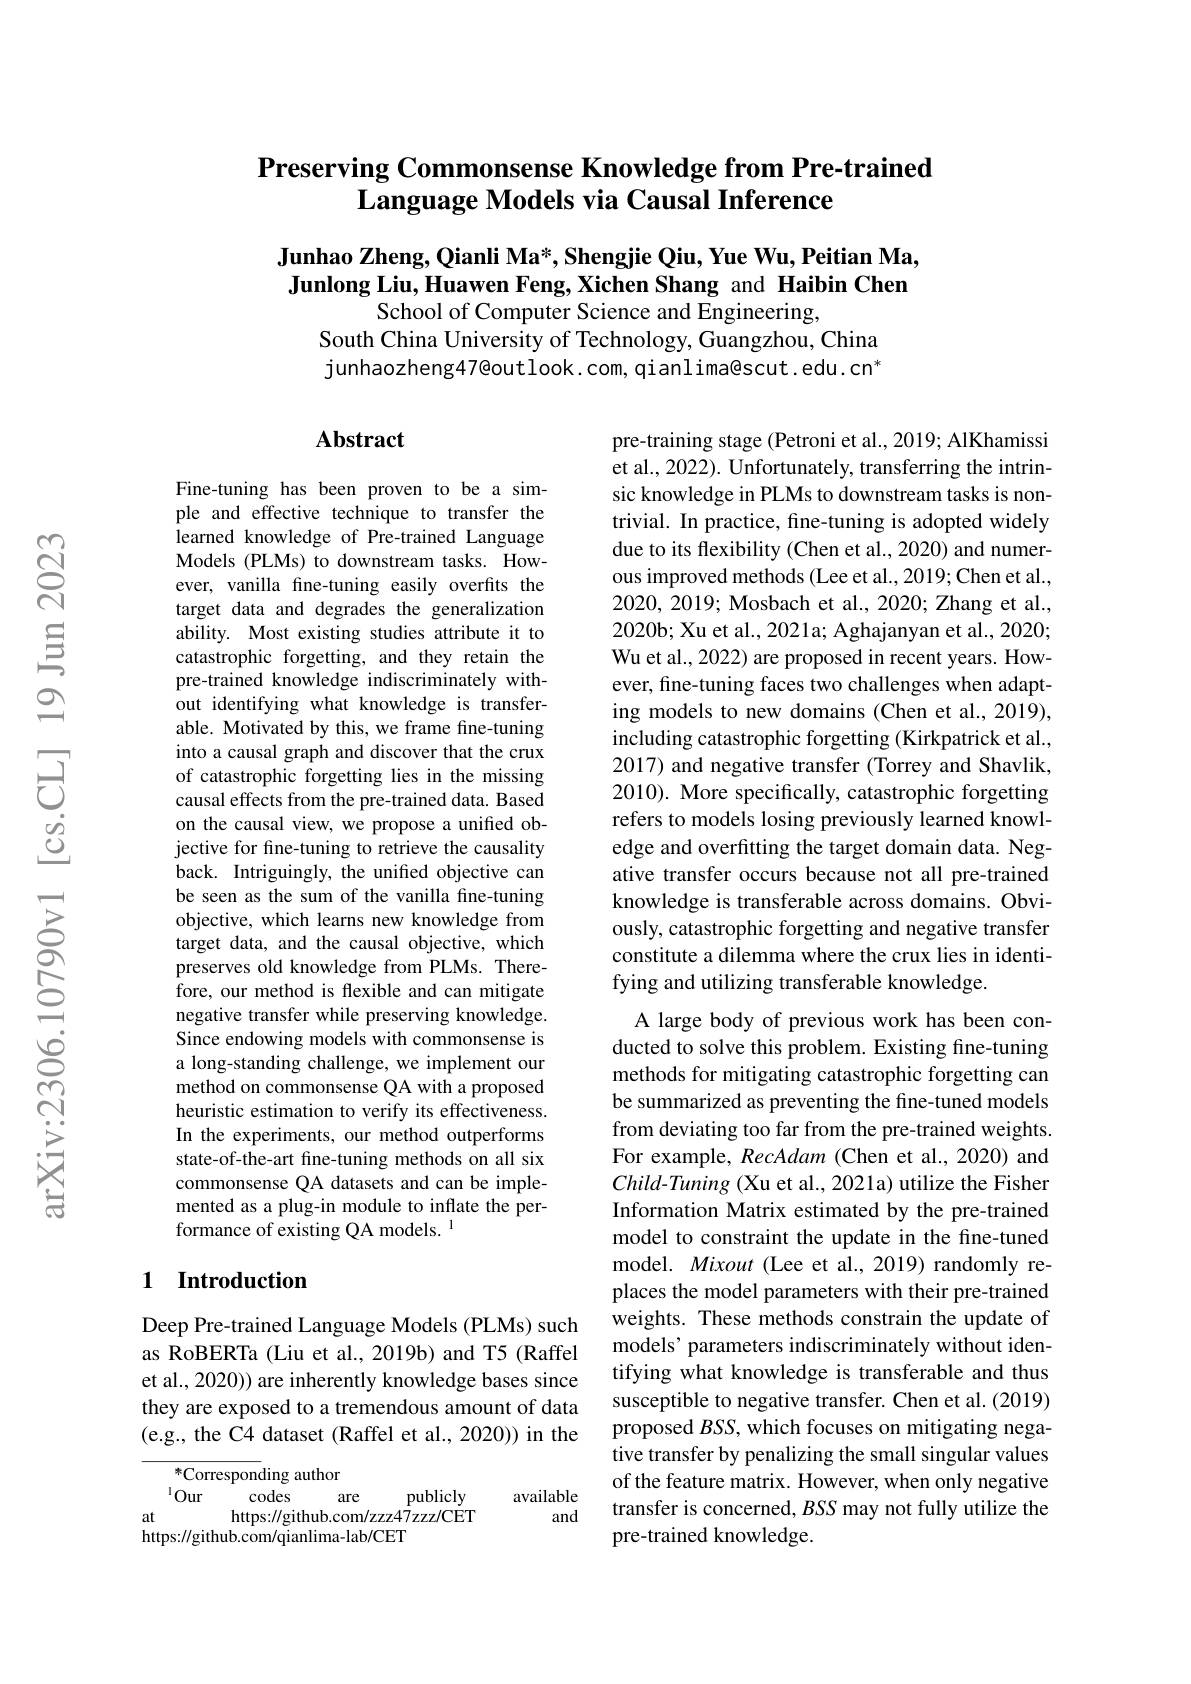
## $\textbf{Preserving Commonsense Knowledge from Pre- trained}$ Language Models via Causal Inference

Junhao Zheng, Qianli Ma*, Shengjie Qiu, Yue Wu, Peitian Ma, Junlong Liu, Huawen Feng, Xichen Shang and Haibin Chen
School of Computer Science and Engineering,

South China University of Technology, Guangzhou, China junhaozheng47@outlook.com, qianlima@scut.edu.cn"

### $\mathbf{Abstract}$

Fine-tuning has been proven to be a simple and effective technique to transfer the learned knowledge of Pre-trained Language Models (PLMs) to downstream tasks. However, vanilla fine-tuning easily overfits the target data and degrades the generalization ability. Most existing studies attribute it to catastrophic forgetting, and they retain the pre-trained knowledge indiscriminately without identifying what knowledge is transferable. Motivated by this, we frame fine-tuning into a causal graph and discover that the crux of catastrophic forgetting lies in the missing causal effects from the pre-trained data. Based on the causal view, we propose a unified objective for fine-tuning to retrieve the causality back. Intriguingly, the unified objective can be seen as the sum of the vanilla fine-tuning objective, which learns new knowledge from target data, and the causal objective, which preserves old knowledge from PLMs. Therefore, our method is flexible and can mitigate negative transfer while preserving knowledge. Since endowing models with commonsense is a long-standing challenge, we implement our method on commonsense QA with a proposed heuristic estimation to verify its effectiveness. In the experiments, our method outperforms state-of-the-art fine-tuning methods on all six commonsense QA datasets and can be implemented as a plug-in module to inflate the performance of existing QA models. $^{1}$

pre-training stage (Petroni et al., 2019; AlKhamissi et al., 2022). Unfortunately, transferring the intrinsic knowledge in PLMs to downstream tasks is nontrivial. In practice, fine-tuning is adopted widely due to its flexibility (Chen et al., 2020) and numerous improved methods (Lee et al.,2019; Chen et al., 2020, 2019; Mosbach et al., 2020; Zhang et al., 2020b; Xu et al., 2021a; Aghajanyan et al., 2020; Wu et al., 2022) are proposed in recent years. However, fine-tuning faces two challenges when adapting models to new domains (Chen et al., 2019), including catastrophic forgetting (Kirkpatrick et al., 2017) and negative transfer (Torrey and Shavlik, 2010). More specifically, catastrophic forgetting refers to models losing previously learned knowledge and overfitting the target domain data. Negative transfer occurs because not all pre-trained knowledge is transferable across domains. Obviously, catastrophic forgetting and negative transfer constitute a dilemma where the crux lies in identifying and utilizing transferable knowledge.
A large body of previous work has been conducted to solve this problem. Existing fine-tuning methods for mitigating catastrophic forgetting can be summarized as preventing the fine-tuned models from deviating too far from the pre-trained weights. For example, RecAdam (Chen et al., 2020) and $Child-Tuning$ (Xu et al., 2021a) utilize the Fisher Information Matrix estimated by the pre-trained model to constraint the update in the fine-tuned model. Mixout (Lee et al., 2019) randomly replaces the model parameters with their pre-trained weights. These methods constrain the update of models’ parameters indiscriminately without identifying what knowledge is transferable and thus susceptible to negative transfer. Chen et al. (2019) proposed $BSS$, which focuses on mitigating negative transfer by penalizing the small singular values of the feature matrix. However, when only negative transfer is concerned, BSS may not fully utilize the pre-trained knowledge.

### 1 Introduction

Deep Pre-trained Language Models (PLMs) such as RoBERTa (Liu et al., 2019b) and T5 (Raffel et al., 2020)) are inherently knowledge bases since they are exposed to a tremendous amount of data (e.g., the C4 dataset (Raffel et al., 2020)) in the

${}^{*}$Corresponding author
$^{1}Our$
publicly
codes
available
are
at
https://github.com/zzz47zzz/CET
and
https://github.com/qianlima-lab/CET